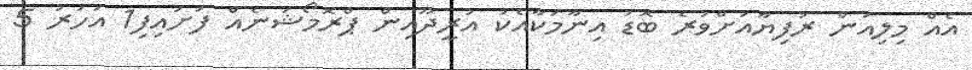
އެއް މިލިއަން ރުފިޔާއަށްވުރެ ބޮޑު އިނާމަކާއެކު އުރީދޫއިން ޕްރޮމޯޝަނެއް ފަށައިފި1 އަހަރު 5